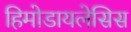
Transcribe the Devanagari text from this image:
हिमोडायलेसिस